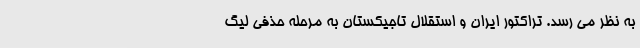
به نظر می رسد. تراکتور ایران و استقلال تاجیکستان به مرحله حذفی لیگ